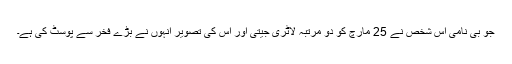
جو بی نامی اس شخص نے 25 مارچ کو دو مرتبہ لاٹری جیتی اور اس کی تصویر انہوں نے بڑے فخر سے پوسٹ کی ہے۔